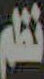
نظام